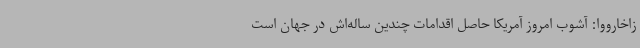
زاخارووا: آشوب امروز آمریکا حاصل اقدامات چندین ساله‌اش در جهان است